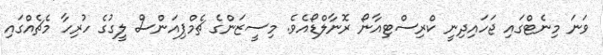
ވަނަ މިނެޓްގައި ޖަހައިދިނީ ކްރިސްޓިއާނޯ ރޮނާލްޑޯއެވެ. މިސީޒަންގެ ޗެމްޕިއަންސް ލީގުގެ ހުރިހާ މެޗެއްގައި